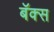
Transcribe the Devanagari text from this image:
बॅक्स